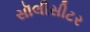
સૉલીસીટર